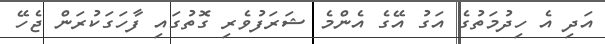
އަދި އެ ހިދުމަތުގެ އަގު އޭގެ އެންމެ ޝަރަފުވެރި ގޮތުގައި ފާހަގަކުރަން ޖެހޭ